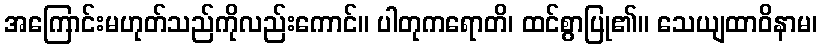
အကြောင်းမဟုတ်သည်ကိုလည်းကောင်။ ပါတုကရောတိ၊ ထင်စွာပြု၏။ သေယျထာဝိနာမ၊